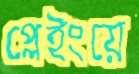
প্লেইংয়ে